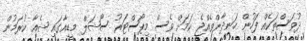
ދުވަސްތަކެއް ފަހުން ހަނދާންވެއްޖެ ކަމަށް ވެސް މިޕޯސްޓަރު ސޯޝަލް މީޑިއާގައި ޝެއާ ކުރަމުން